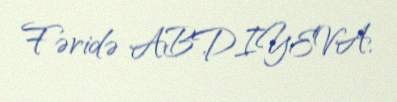
Fəridə ABDIYEVA.